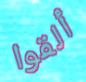
ألقوا